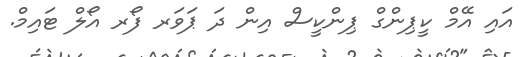
އައި އޭމް ކީޕިންގް ޕިންކީސް އިން ދަ ޕަވަރ ފޯރ އޯލް ޓައިމް.